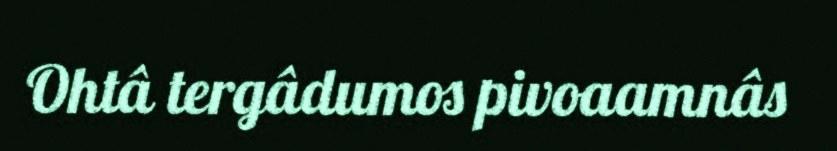
Ohtâ tergâdumos pivoaamnâs